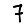
Digit: 7